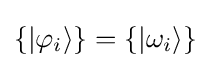
\{|\varphi _{i}\rangle \}=\{|\omega _{i}\rangle \}